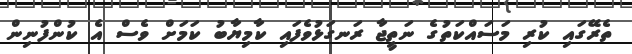
ތެރޭގައި ކުރި މަސައްކަތުގެ ނަތީޖާ ރަނގަޅުވެފައި ކާމިޔާބު ކަމަށް ވެސް އެ ކުންފުނިން